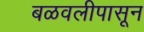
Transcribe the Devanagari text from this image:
बळवलीपासून